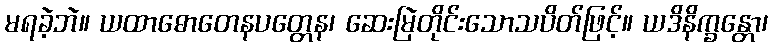
မရခဲ့ဘဲ။ ယထာဓောတေနပတ္တေန၊ ဆေးမြဲတိုင်းသောသပိတ်ဖြင့်။ ယဒိနိက္ခန္တော၊